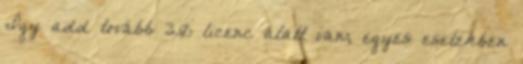
Így add tovább 3.0 licenc alatt van; egyes esetekben